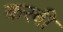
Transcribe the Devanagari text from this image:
करबी